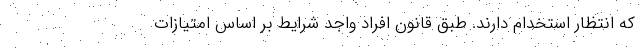
که انتظار استخدام دارند. طبق قانون افراد واجد شرایط بر اساس امتیازات